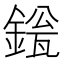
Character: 𬫱